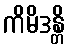
ကိမိဒန္တိ